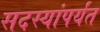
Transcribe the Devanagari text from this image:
सदस्यांपर्यंत